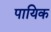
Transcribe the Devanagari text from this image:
पायिक